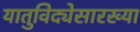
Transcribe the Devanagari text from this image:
यातुविद्येसारख्या